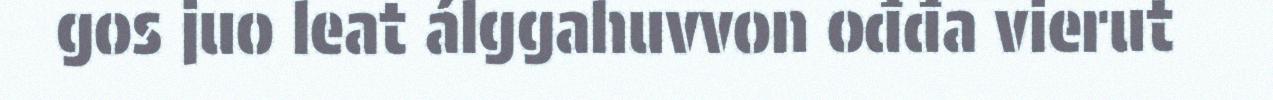
gos juo leat álggahuvvon ođđa vierut